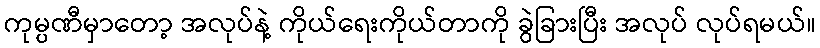
ကုမ္ပဏီမှာတော့ အလုပ်နဲ့ ကိုယ်ရေးကိုယ်တာကို ခွဲခြားပြီး အလုပ် လုပ်ရမယ်။